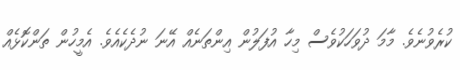
ކުރެވުނެވެ. މާމަ ދުވަހަކުވެސް މިހާ އުފަލުން އިންތަނެއް އޭނަ ނުދެކެއެވެ. އެމީހުން ތަންކޮޅެއް